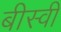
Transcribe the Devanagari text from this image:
बीस्वीं